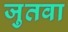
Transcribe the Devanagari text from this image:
जुतवा